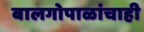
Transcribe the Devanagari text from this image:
बालगोपाळांचाही